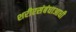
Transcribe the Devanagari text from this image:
शरीरसंबंधाआधी